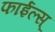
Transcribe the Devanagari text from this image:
फाईल्स्